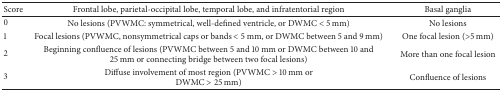
| Score | Frontal lobe, parietal-occipital lobe, temporal lobe, and infratentorial region | Basal ganglia |
 | --- | --- | --- |
 | 0 | No lesions (PVWMC: symmetrical, well-defined ventricle, or DWMC < 5 mm) | No lesions |
 | 1 | Focal lesions (PVWMC, nonsymmetrical caps or bands < 5 mm, or DWMC between 5 and 9 mm) | One focal lesion (>5 mm) |
 | 2 | Beginning confluence of lesions (PVWMC between 5 and 10 mm or DWMC between 10 and 25 mm or connecting bridge between two focal lesions) | More than one focal lesion |
 | 3 | Diffuse involvement of most region (PVWMC > 10 mm orDWMC > 25 mm) | Confluence of lesions |